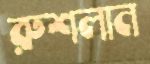
রুশলান